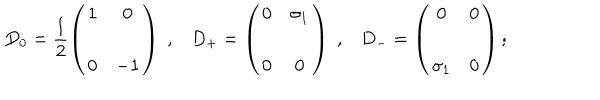
LaTeX: D _ { 0 } = \frac { 1 } { 2 } \left( \begin{array} { c c } { { 1 } } & { { 0 } } \\ { { 0 } } & { { - 1 } } \\ \end{array} \right) \; , D _ { + } = \left( \begin{array} { c c } { { 0 } } & { { \sigma _ { 1 } } } \\ { { 0 } } & { { 0 } } \\ \end{array} \right) \; , D _ { - } = \left( \begin{array} { c c } { { 0 } } & { { 0 } } \\ { { \sigma _ { 1 } } } & { { 0 } } \\ \end{array} \right) ;